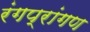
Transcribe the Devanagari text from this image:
रंगप्रांगण